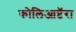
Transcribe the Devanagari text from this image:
कोलिआप्टॅरा